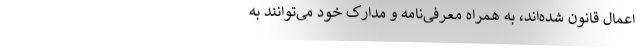
اعمال قانون شده‌اند، به همراه معرفی‌نامه و مدارک خود می‌توانند به